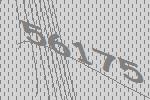
56175